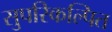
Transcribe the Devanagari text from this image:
सुपरिकल्पित